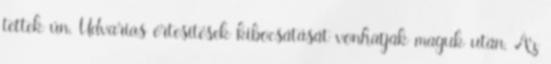
tettek ún. Udvarias értesítések kibocsátását vonhatják maguk után. Az